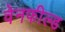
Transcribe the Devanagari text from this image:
वेनफील्ड